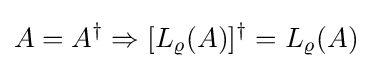
A=A^{\dagger }\Rightarrow [L_{\varrho }(A)]^{\dagger }=L_{\varrho }(A)